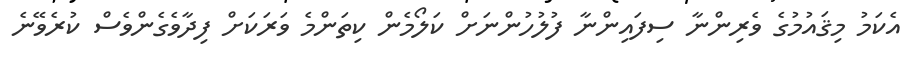
އެކަމު މިޤައުމުގެ ވެރިންނާ ސިފައިންނާ ފުލުހުންނަށް ކަލޯމެން ކިތަންމެ ވަރަކަށް ފިދާވެގެންވެސް ކުރެވޭނެ